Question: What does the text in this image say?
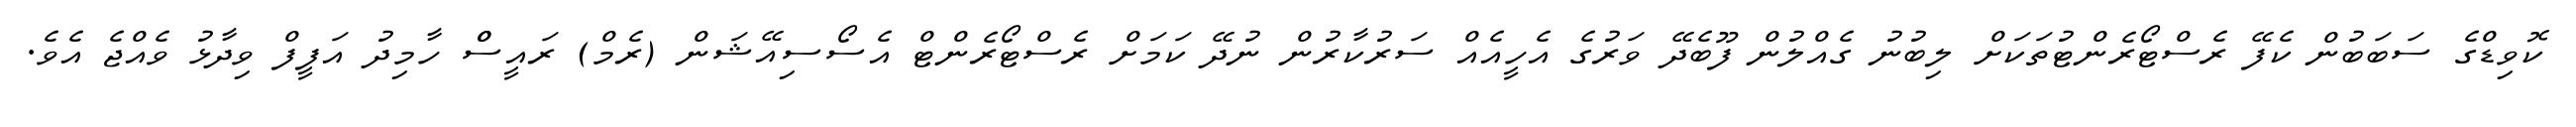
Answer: ކޮވިޑްގެ ސަބަބުން ކެފޭ ރެސްޓޯރެންޓުތަކަށް ލިބުނު ގެއްލުން ފޫބެދޭ ވަރުގެ އެހީއެއް ސަރުކާރުން ނުދޭ ކަމަށް ރެސްޓޯރެންޓް އެސޯސިއޭޝަން (ރެމް) ރައީސްް ހާމިދު އަފީފް ވިދާޅު ވެއްޖެ އެވެ.